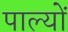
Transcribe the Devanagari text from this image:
पाल्यों